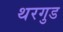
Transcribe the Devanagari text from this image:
थरगुड